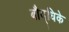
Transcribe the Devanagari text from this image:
बौद्धिके